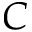
C